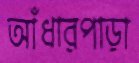
আঁধারপাড়া